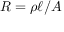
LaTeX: R = \rho \ell / A